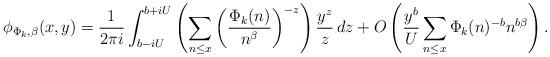
LaTeX: \begin{align*} \phi_{\Phi_k, \beta}(x, y)= \frac{1}{2\pi i}\int_{b-i U}^{b+i U}\left(\sum_{n\le x} \left(\frac{\Phi_k(n)}{n^\beta}\right)^{-z}\right)\frac{y^z}{z}\,dz+O\left( \frac{y^{b}}{U} \sum_{n \leq x} \Phi_k(n)^{-b} n^{b\beta} \right). \end{align*}